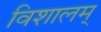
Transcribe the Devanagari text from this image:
विशालम्